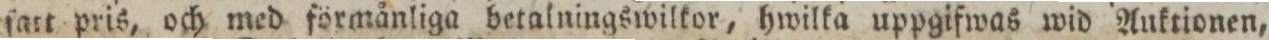
ſatt pris, och med förmånliga betalningswilkor, hwilka uppgifwas wid Auktionen,